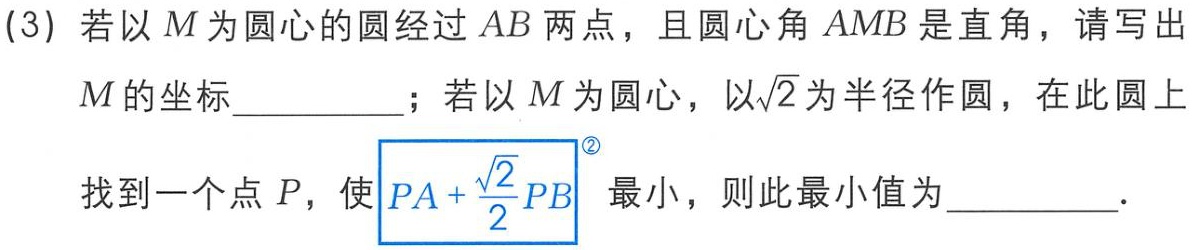
(3) 若以 \(M\) 为圆心的圆经过 \(AB\) 两点，且圆心角 \(AMB\) 是直角，请写出

\(M\) 的坐标  ；若以 \(M\) 为圆心，以\(\sqrt{2}\)为半径作圆，在此圆上

找到一个点 \(P\)，使\(PA + \frac{\sqrt{2}}{2}PB\) 最小，则此最小值为  ．